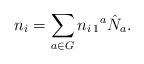
LaTeX: \begin{align*}n_{i}=\sum_{a\in G} n_{i\,1}{}^{a}\hat N_{a}. \end{align*}